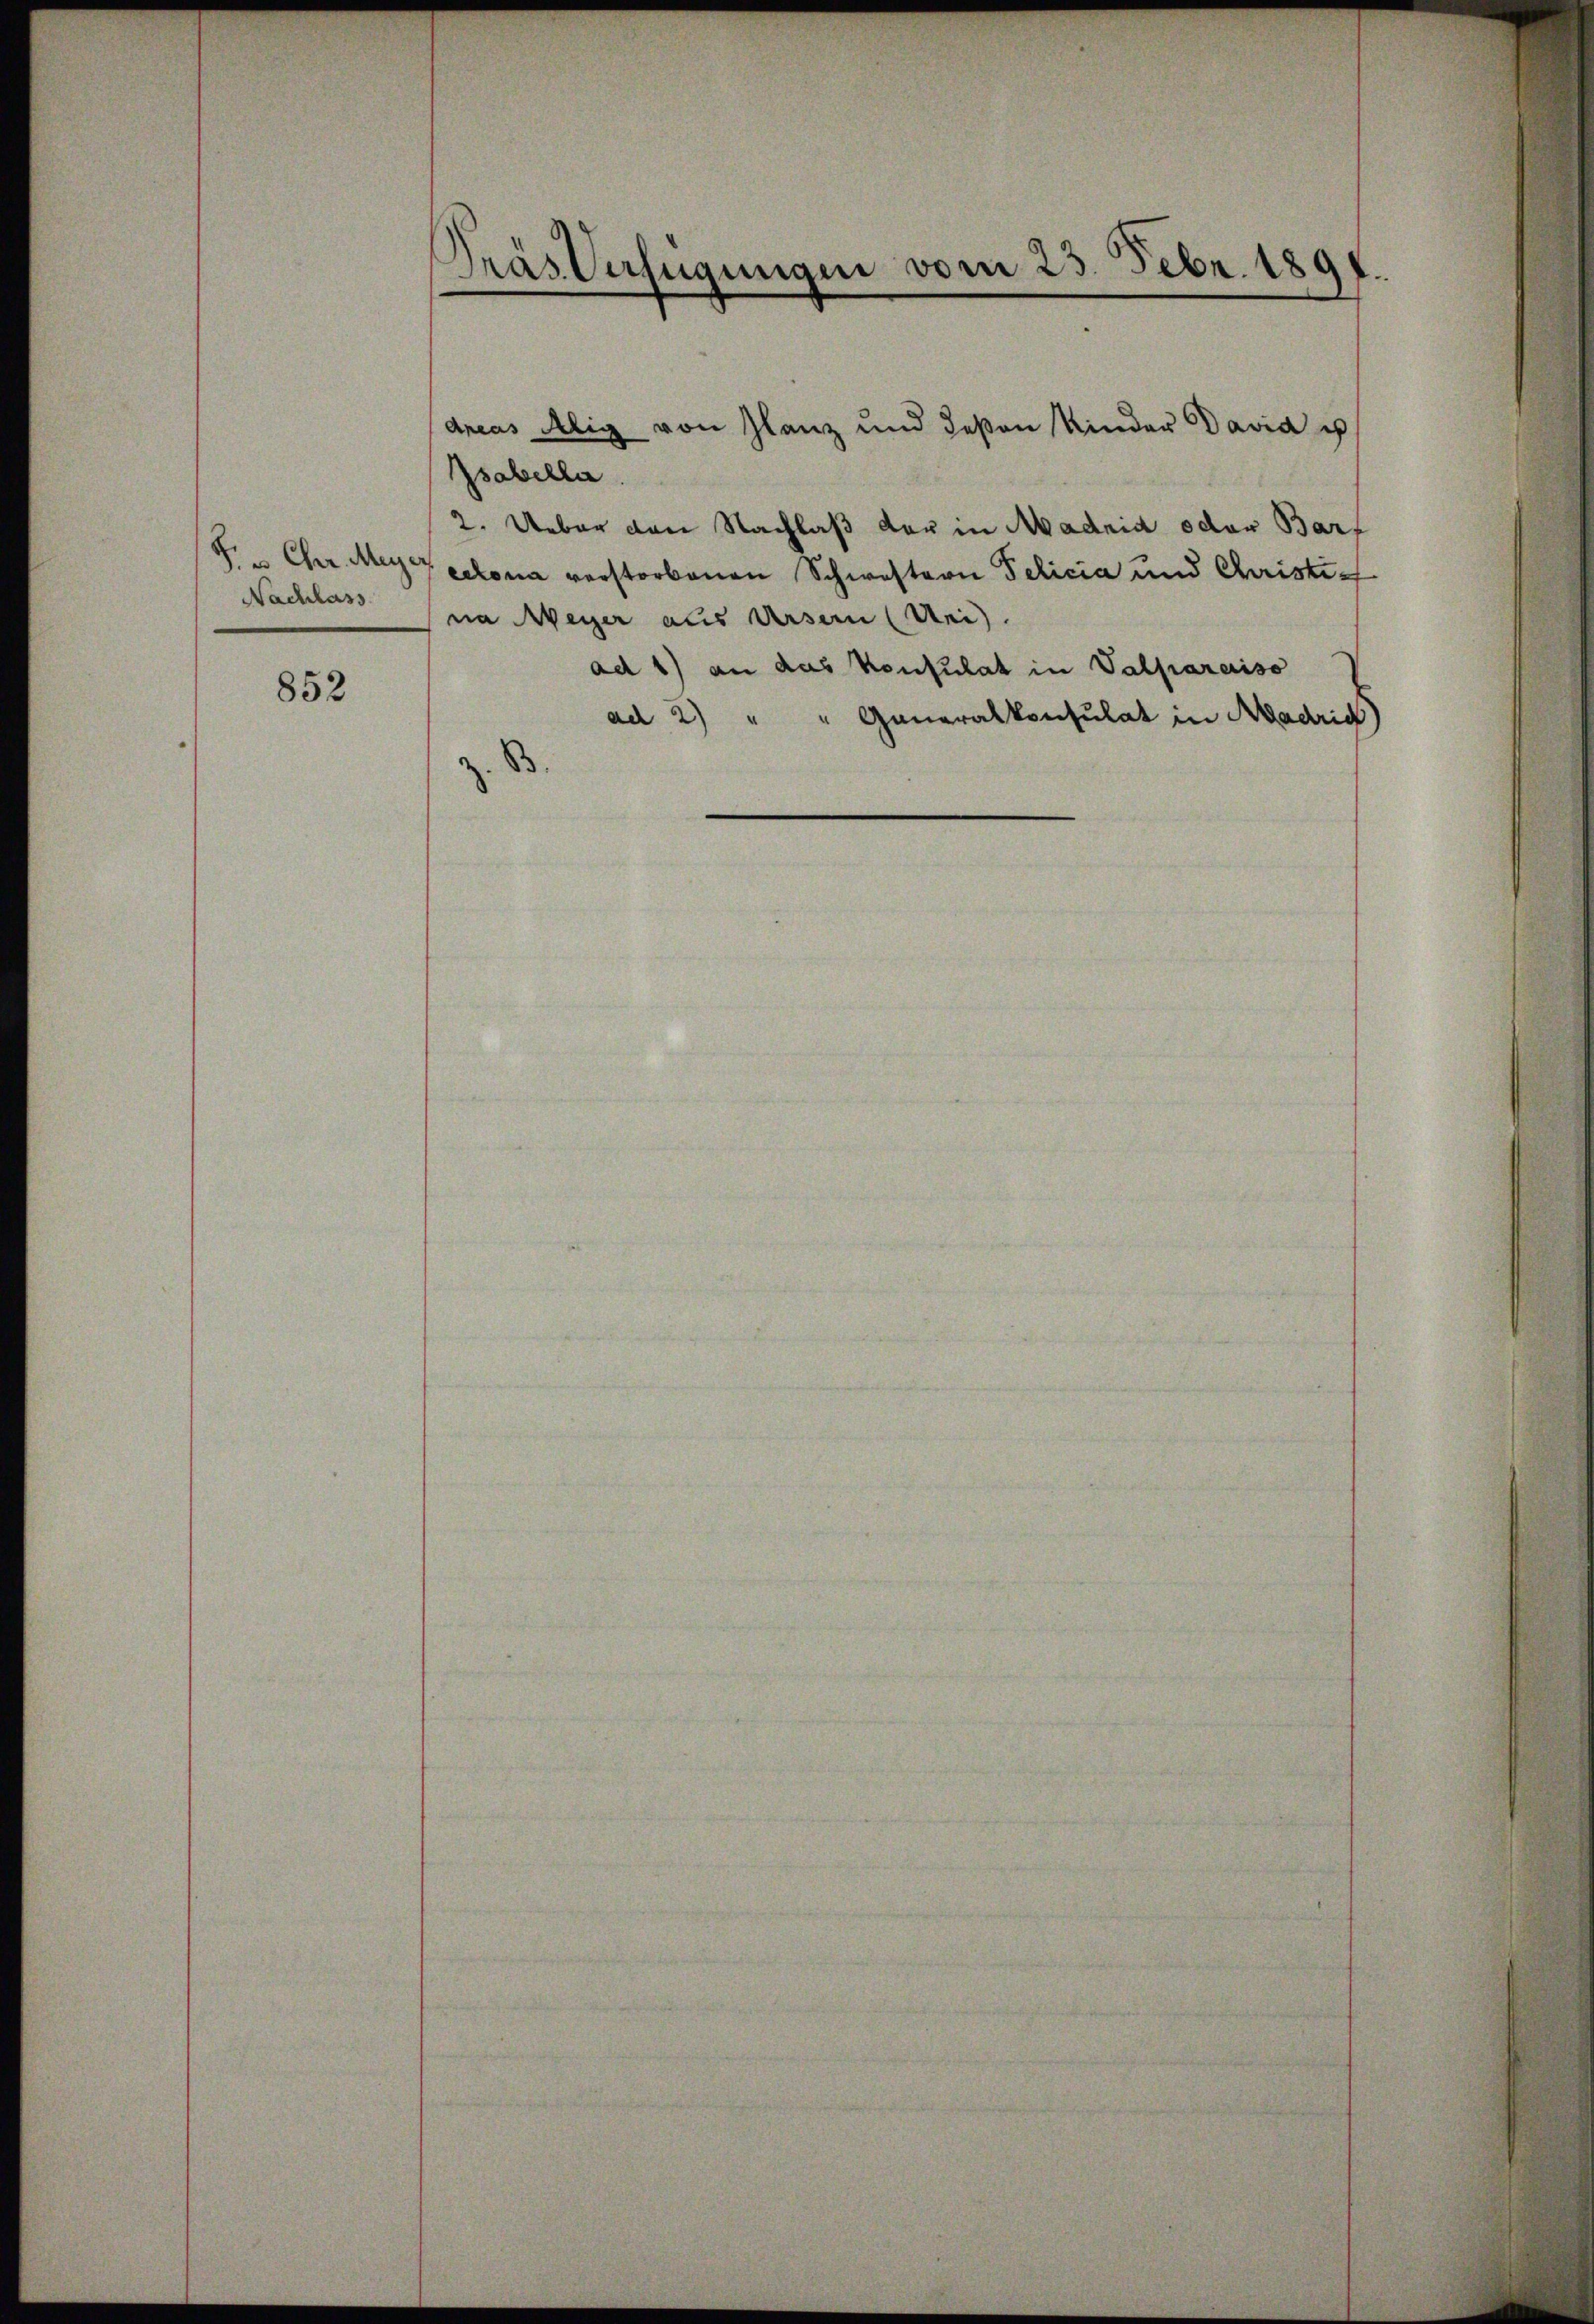
Nachlass

852

Pras Verfügungen vom 25. Febr. 1891.

Zsabella.
2. Ueber den Nachlaß der in Madrid oder Barf
H. Chr. Meyer selona verstorbenen Schwestern Pelicia und Christief
na Weger aus Ursern (Uri).
ad 1) an das Konsulat in Valparaiso
ad 2) " " Generalkonsulat in Madrid)
.

dreas Alig von Glanz und deßen Kinder Davia u